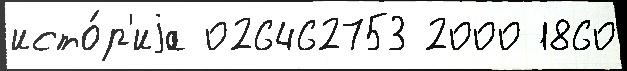
исто́р'иjа 026462753 2000 1860